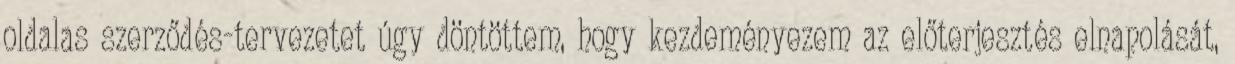
oldalas szerződés-tervezetet úgy döntöttem, hogy kezdeményezem az előterjesztés elnapolását,